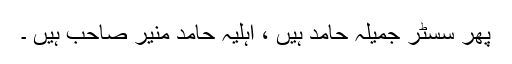
پھر سسٹر جمیلہ حامد ہیں ، اہلیہ حامد منیر صاحب ہیں ۔